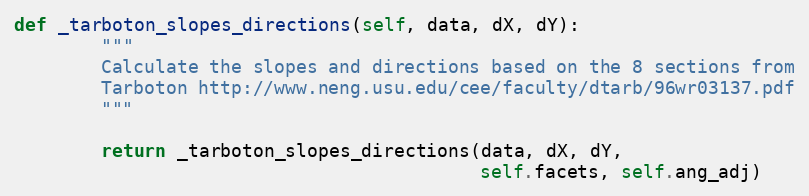
Language: Python
def _tarboton_slopes_directions(self, data, dX, dY):
        """
        Calculate the slopes and directions based on the 8 sections from
        Tarboton http://www.neng.usu.edu/cee/faculty/dtarb/96wr03137.pdf
        """

        return _tarboton_slopes_directions(data, dX, dY,
                                           self.facets, self.ang_adj)